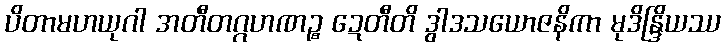
ပိတာမဟယုဂါ အတီတဂ္ဂဟဏဉ္စ ဍေတီတိ ဒွါဒသယောဇနိကာ မုဒိန္ဒြိယဿ